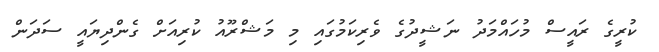
ކުރީގެ ރައީސް މުހައްމަދު ނަޝީދުގެ ވެރިކަމުގައި މި މަޝްރޫއު ކުރިއަށް ގެންދިޔައީ ސަދަން